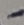
Text: -